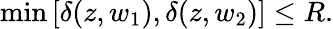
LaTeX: \operatorname*{min}\left[\delta(z,w_{1}),\delta(z,w_{2})\right]\leq R.